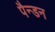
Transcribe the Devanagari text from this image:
पैन्डन